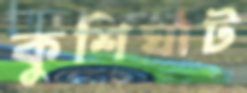
কুশিঘাট